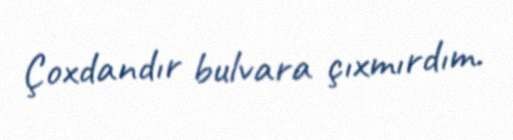
Çoxdandır bulvara çıxmırdım.